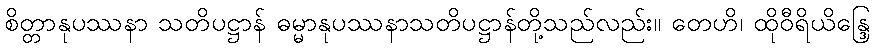
စိတ္တာနုပဿနာ သတိပဋ္ဌာန် ဓမ္မာနုပဿနာသတိပဋ္ဌာန်တို့သည်လည်း။ တေဟိ၊ ထိုဝီရိယိန္ဒြေ